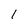
Character: 1